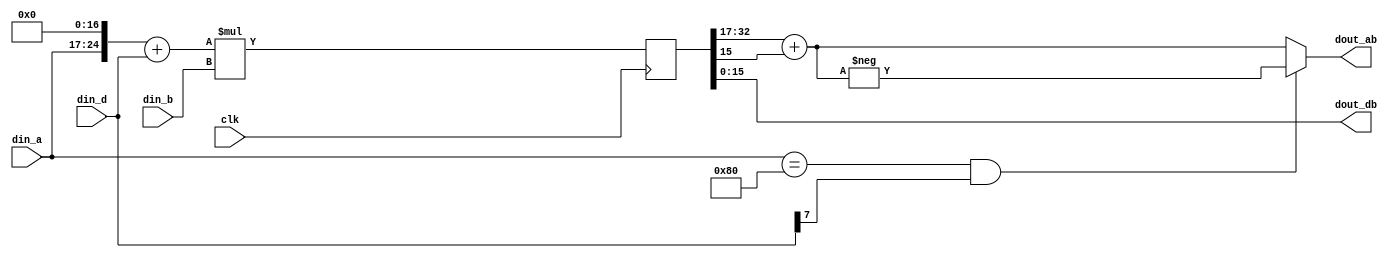
`timescale 1ns / 1ps

module dsp_for_2int8
(
    input               clk,
    input      [7 : 0]  din_a,
    input      [7 : 0]  din_b,
    input      [7 : 0]  din_d,
    output     [15 : 0] dout_ab,
    output     [15 : 0] dout_db
);

reg         [1 : 0]  dly     = 1'd0;
reg  signed [32 : 0] p;
reg  signed [32 : 0] p_m;
reg  signed [32 : 0] p_n;
wire signed [15 : 0] p_ab;
wire signed [15 : 0] p_db;

wire signed[24:0]A;
wire signed[24:0]D;
assign A = {din_a, 17'd0};

assign D = {{17{din_d[7]}}, din_d};

wire signed [25:0] M;
wire signed [25:0] N;
assign M = $signed(A+D);
assign N = $signed(A)+$signed(D);
always@(posedge clk )begin
    p <= $signed(A+D) * $signed(din_b);
    p_m <= $signed(M) * $signed(din_b) ;
    p_n <= $signed(N) * $signed(din_b) ;
end

assign p_ab = p[32:17];
assign p_db = p[15: 0];

assign dout_ab = ((din_a==8'b1000_0000) & din_d[7])? -(p_ab + p_db[15]):(p_ab + p_db[15]);   //p_ab;
assign dout_db = p_db;

endmodule